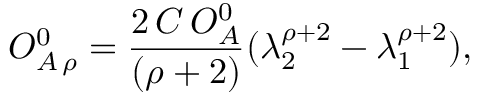
{ \cal O } _ { A \, \rho } ^ { 0 } = \frac { 2 \, C \, { \cal O } _ { A } ^ { 0 } } { ( \rho + 2 ) } ( \lambda _ { 2 } ^ { \rho + 2 } - \lambda _ { 1 } ^ { \rho + 2 } ) ,